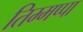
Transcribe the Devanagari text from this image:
तिम्मप्पा